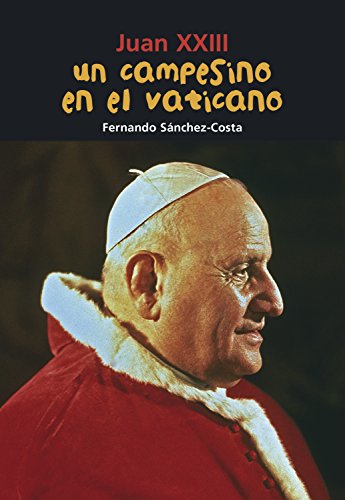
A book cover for Un campesino en el Vaticano: Juan XXIII (BiografÃ­a joven) (Spanish Edition); Fernando SÃ¡nchez-Costa; Teen & Young Adult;